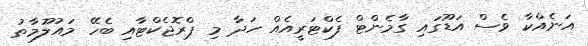
އަނެއްކާ ވެސް އަޑޫގައި ގާމެންޓް ފެކްޓަރީއެއް ހަދާ މި ޕްރޮޖެކްޓާއި ބެހޭ މައުލޫމާތު